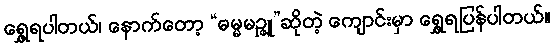
ရွှေ့ရပါတယ်၊ နောက်တော့ “ဓမ္မမဉ္ဇူ”ဆိုတဲ့ ကျောင်းမှာ ရွှေ့ရပြန်ပါတယ်။